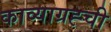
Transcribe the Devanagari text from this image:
काव्याग्रह्ची